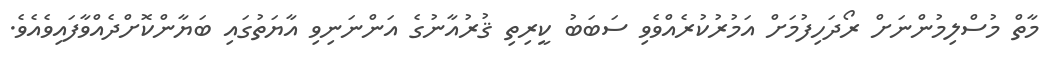
މާތް މުސްލިމުންނަށް ރޯދަހިފުމަށް އަމުރުކުރެއްވެވި ސަބަބު ކީރިތި ޤުރުއާނުގެ އަންނަނިވި އާޔަތުގައި ބަޔާންކޮށްދެއްވާފައިވެއެވެ.